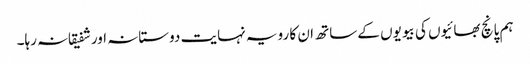
ہم پانچ بھائیوں کی بیویوں کے ساتھ ان کا رویہ نہایت دوستانہ اور شفیقانہ رہا۔